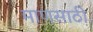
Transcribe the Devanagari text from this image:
माणसाठी